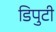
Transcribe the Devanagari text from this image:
डिपुटी